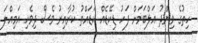
ހިތުގެ ވިންދު އަލްބަމަށް ފަހު ޑިކޭޑެއް ކަޑައްްތު ކުރާއިރު ވެސް ދިވެހި އަމިއްލަ